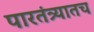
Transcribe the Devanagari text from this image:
पारतंत्र्यातच